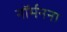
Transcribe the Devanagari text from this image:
नॉर्मनना